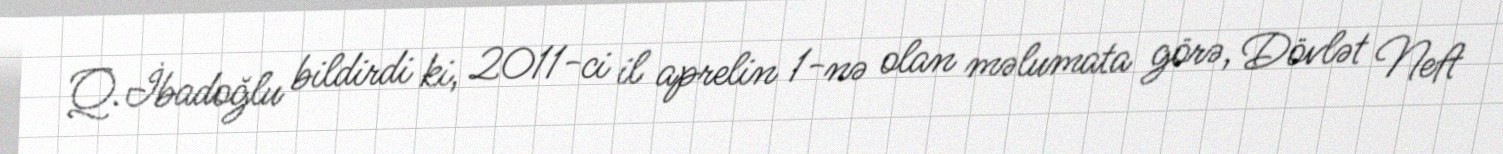
Q.İbadoğlu bildirdi ki, 2011-ci il aprelin 1-nə olan məlumata görə, Dövlət Neft